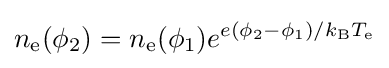
n_{\text{e}}(\phi _{2})=n_{\text{e}}(\phi _{1})e^{e(\phi _{2}-\phi _{1})/k_{\text{B}}T_{\text{e}}}